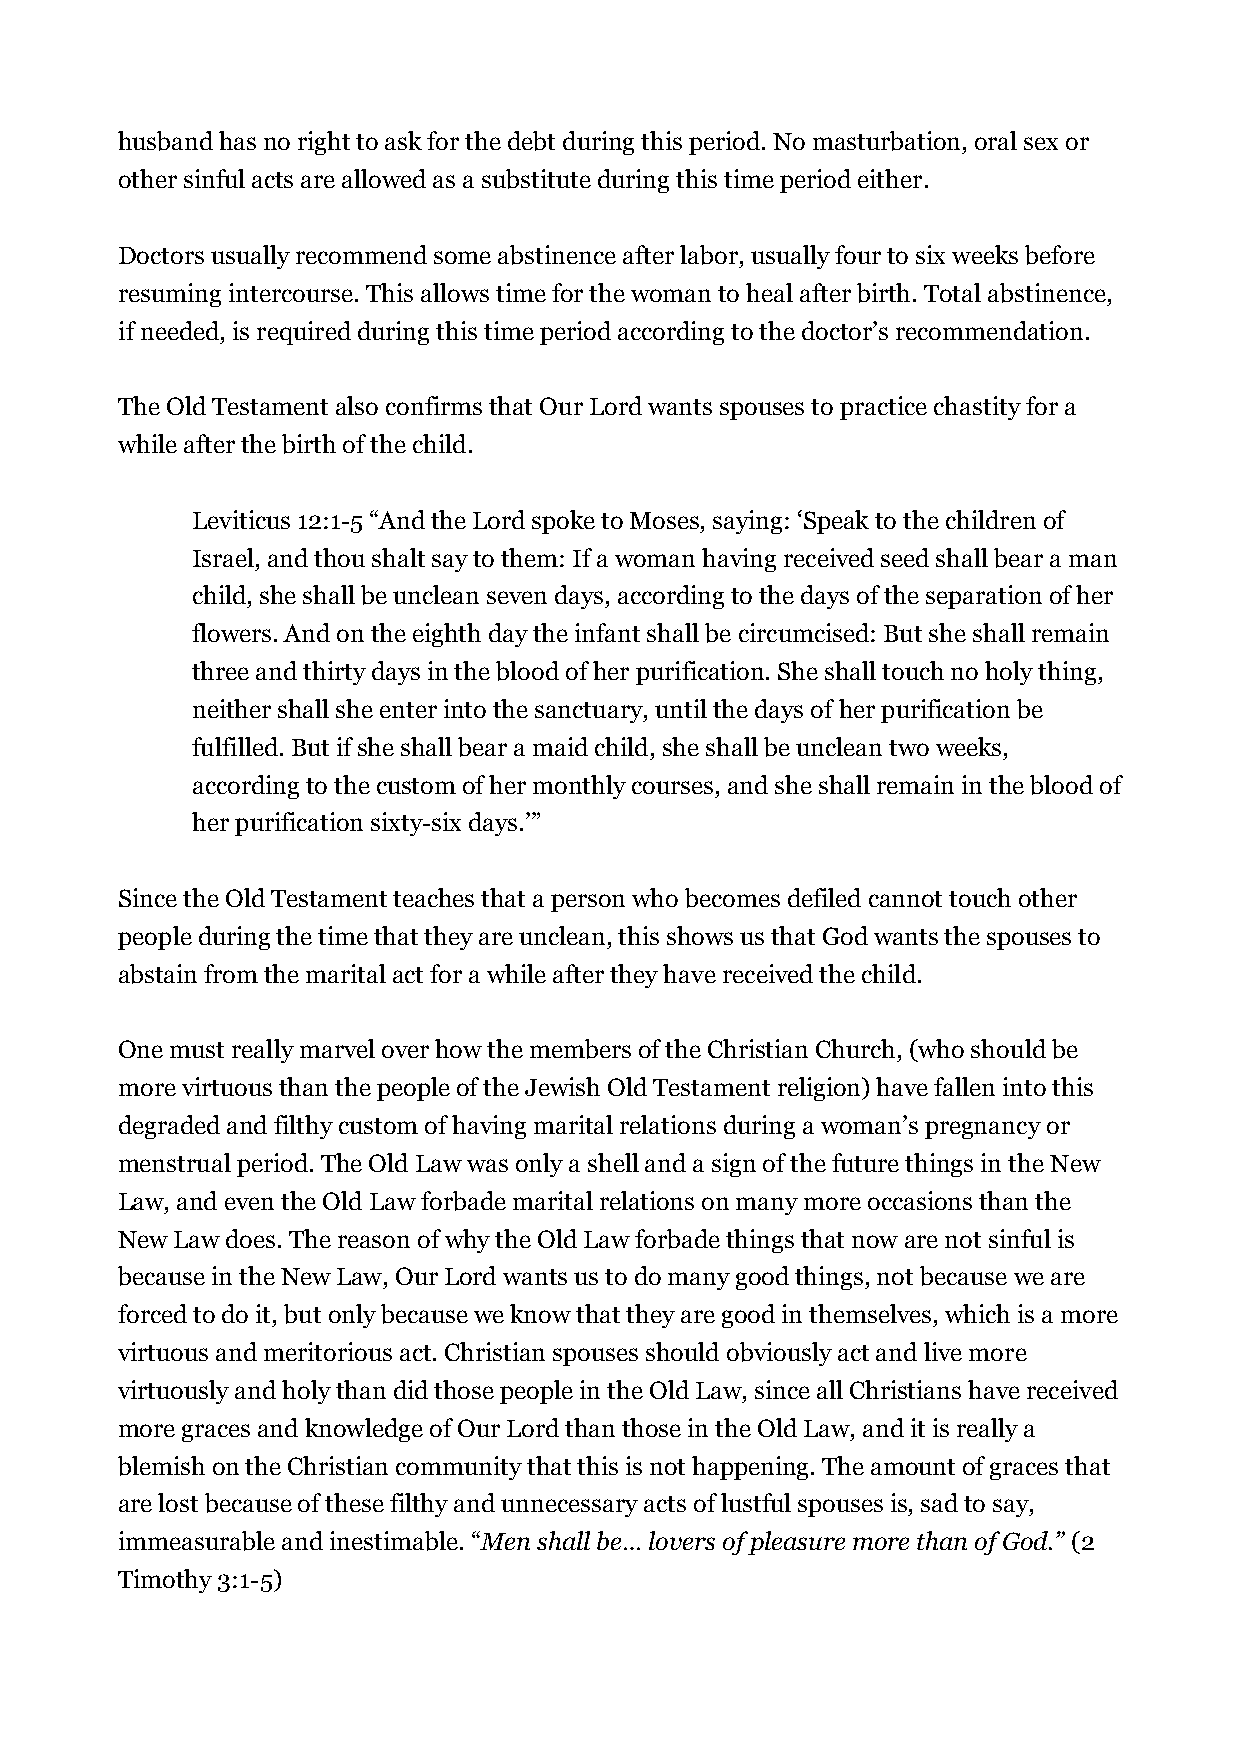
husband has no right to ask for the debt during this period. No masturbation, oral sex or
 other sinful acts are allowed as a substitute during this time period either.
 Doctors usually recommend some abstinence after labor, usually four to six weeks before
 resuming intercourse. This allows time for the woman to heal after birth. Total abstinence,
 if needed, is required during this time period according to the doctor’s recommendation.
 The Old Testament also confirms that Our Lord wants spouses to practice chastity for a
 while after the birth of the child.
 Leviticus 12:1-5 “And the Lord spoke to Moses, saying: ‘Speak to the children of
 Israel, and thou shalt say to them: If a woman having received seed shall bear a man
 child, she shall be unclean seven days, according to the days of the separation of her
 flowers. And on the eighth day the infant shall be circumcised: But she shall remain
 three and thirty days in the blood of her purification. She shall touch no holy thing,
 neither shall she enter into the sanctuary, until the days of her purification be
 fulfilled. But if she shall bear a maid child, she shall be unclean two weeks,
 according to the custom of her monthly courses, and she shall remain in the blood of
 her purification sixty-six days.’”
 Since the Old Testament teaches that a person who becomes defiled cannot touch other
 people during the time that they are unclean, this shows us that God wants the spouses to
 abstain from the marital act for a while after they have received the child.
 One must really marvel over how the members of the Christian Church, (who should be
 more virtuous than the people of the Jewish Old Testament religion) have fallen into this
 degraded and filthy custom of having marital relations during a woman’s pregnancy or
 menstrual period. The Old Law was only a shell and a sign of the future things in the New
 Law, and even the Old Law forbade marital relations on many more occasions than the
 New Law does. The reason of why the Old Law forbade things that now are not sinful is
 because in the New Law, Our Lord wants us to do many good things, not because we are
 forced to do it, but only because we know that they are good in themselves, which is a more
 virtuous and meritorious act. Christian spouses should obviously act and live more
 virtuously and holy than did those people in the Old Law, since all Christians have received
 more graces and knowledge of Our Lord than those in the Old Law, and it is really a
 blemish on the Christian community that this is not happening. The amount of graces that
 are lost because of these filthy and unnecessary acts of lustful spouses is, sad to say,
 immeasurable and inestimable. “Men shall be… lovers of pleasure more than of God.” (2
 Timothy 3:1-5)